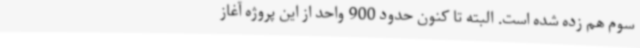
سوم هم زده شده است. البته تا کنون حدود 900 واحد از این پروژه آغاز